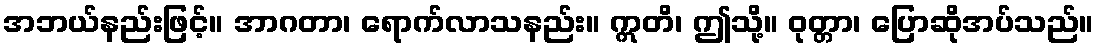
အဘယ်နည်းဖြင့်။ အာဂတာ၊ ရောက်လာသနည်း။ ဣတိ၊ ဤသို့။ ဝုတ္တာ၊ ပြောဆိုအပ်သည်။